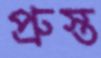
প্রুস্ত